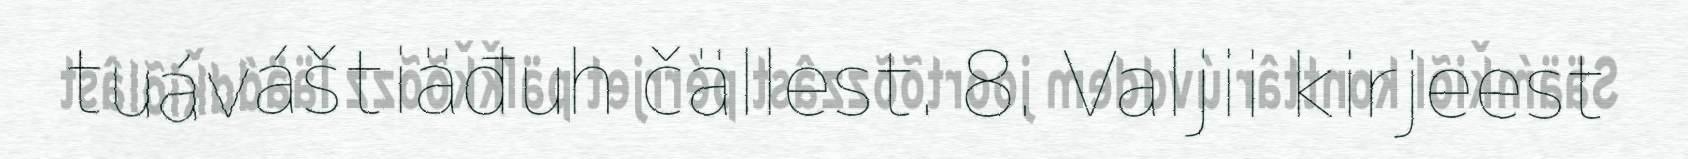
tuáváštiäđuh čällest. 8. Valjii kirjeest